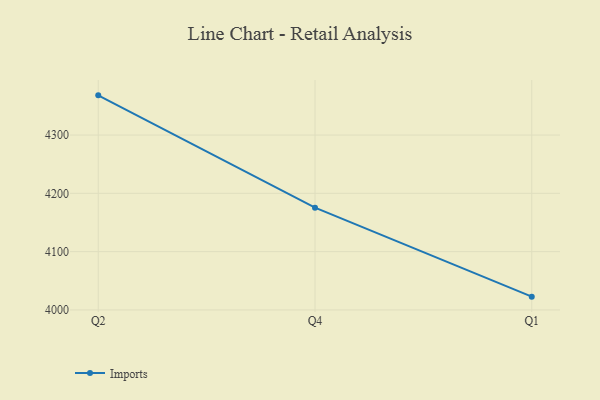
{"axis": {"x": "Quarter", "y": "Gross Profit (USD K)"}, "legend": ["Imports"], "data": [{"x": "Q2", "y": 4368.1, "type": "Imports"}, {"x": "Q4", "y": 4175.4, "type": "Imports"}, {"x": "Q1", "y": 4022.8, "type": "Imports"}]}